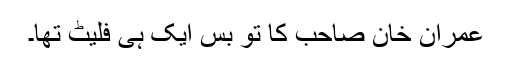
عمران خان صاحب کا تو بس ایک ہی فلیٹ تھا۔